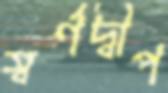
স্বর্ণদ্বীপ